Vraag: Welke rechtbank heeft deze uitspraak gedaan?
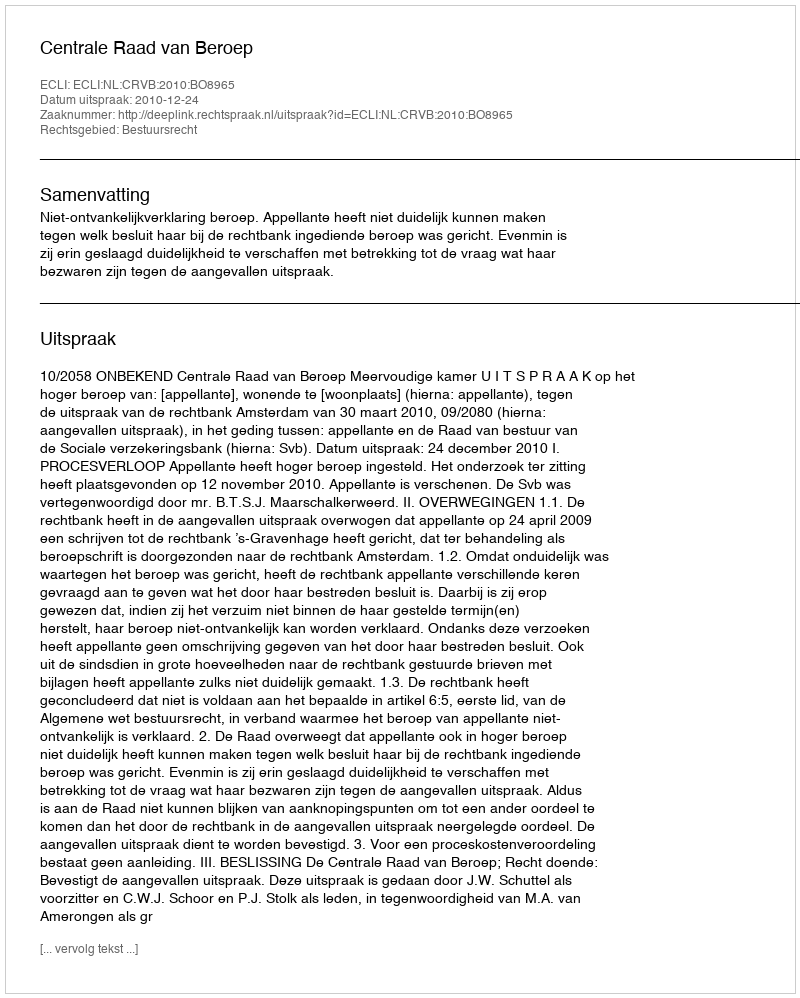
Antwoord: Centrale Raad van Beroep